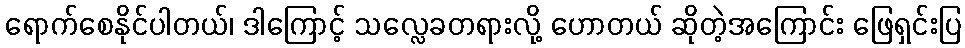
ရောက်စေနိုင်ပါတယ်၊ ဒါကြောင့် သလ္လေခတရားလို့ ဟောတယ် ဆိုတဲ့အကြောင်း ဖြေရှင်းပြ